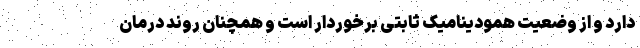
دارد و از وضعیت همودینامیک ثابتی برخوردار است و همچنان روند درمان